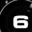
Digit: 6